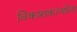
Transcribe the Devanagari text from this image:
विकासकर्त्याला